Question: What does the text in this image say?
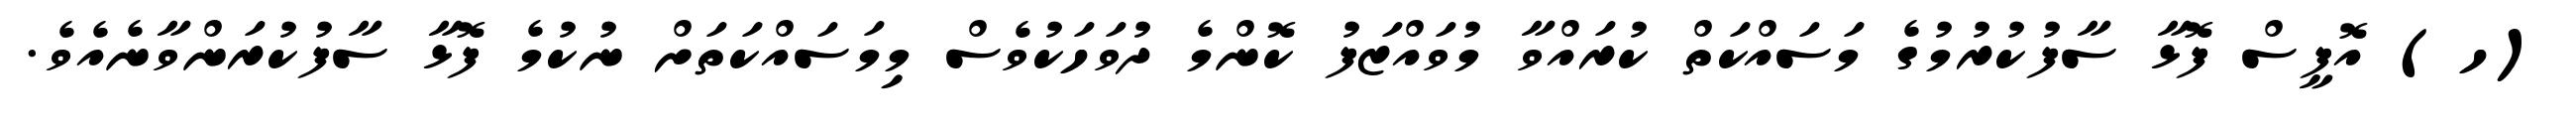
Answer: (ހ) އޮފީސް ފޮޅާ ސާފުކުރުމުގެ މަސައްކަތް ކުރައްވާ މުވައްޒަފު ކޮންމެ ދުވަހަކުވެސް މިމަސައްކަތަށް ނުކުމެ ފޮޅާ ސާފުކުރަންވާނެއެވެ.